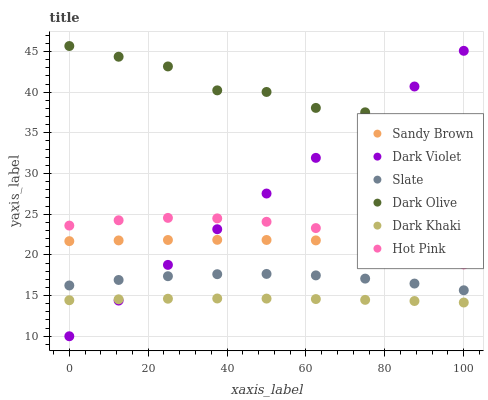
| xaxis_label | Sandy Brown | Dark Violet | Slate | Dark Olive | Dark Khaki | Hot Pink |
 | --- | --- | --- | --- | --- | --- | --- |
 | 0 | 21.7 | 10 | 16.2 | 45.7 | 14.4 | 23.6 |
 | 12.5 | 21.8 | 14.4 | 16.9 | 44.4 | 14.5 | 24.3 |
 | 25 | 21.8 | 18.8 | 17.4 | 43.2 | 14.6 | 24.5 |
 | 37.5 | 21.9 | 23.2 | 17.6 | 40.2 | 14.6 | 24.5 |
 | 50 | 21.8 | 27.5 | 17.7 | 40 | 14.6 | 24.1 |
 | 62.5 | 21.8 | 31.9 | 17.5 | 38.1 | 14.6 | 23.3 |
 | 75 | 21.7 | 36.3 | 17.1 | 37.5 | 14.5 | 22.2 |
 | 87.5 | 21.6 | 40.7 | 16.5 | 34 | 14.3 | 20.7 |
 | 100 | 21.4 | 45.1 | 15.7 | 33.4 | 14.1 | 18.8 |